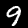
Label: 9